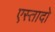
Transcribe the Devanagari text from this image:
एस्तादो